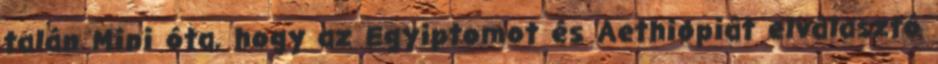
talán Mini óta, hogy az Egyiptomot és Aethiopiát elválasztó